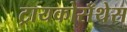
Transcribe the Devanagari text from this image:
ट्रायकोसँथेस